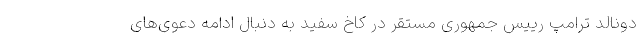
دونالد ترامپ رییس جمهوری مستقر در کاخ سفید به دنبال ادامه دعوی‌های